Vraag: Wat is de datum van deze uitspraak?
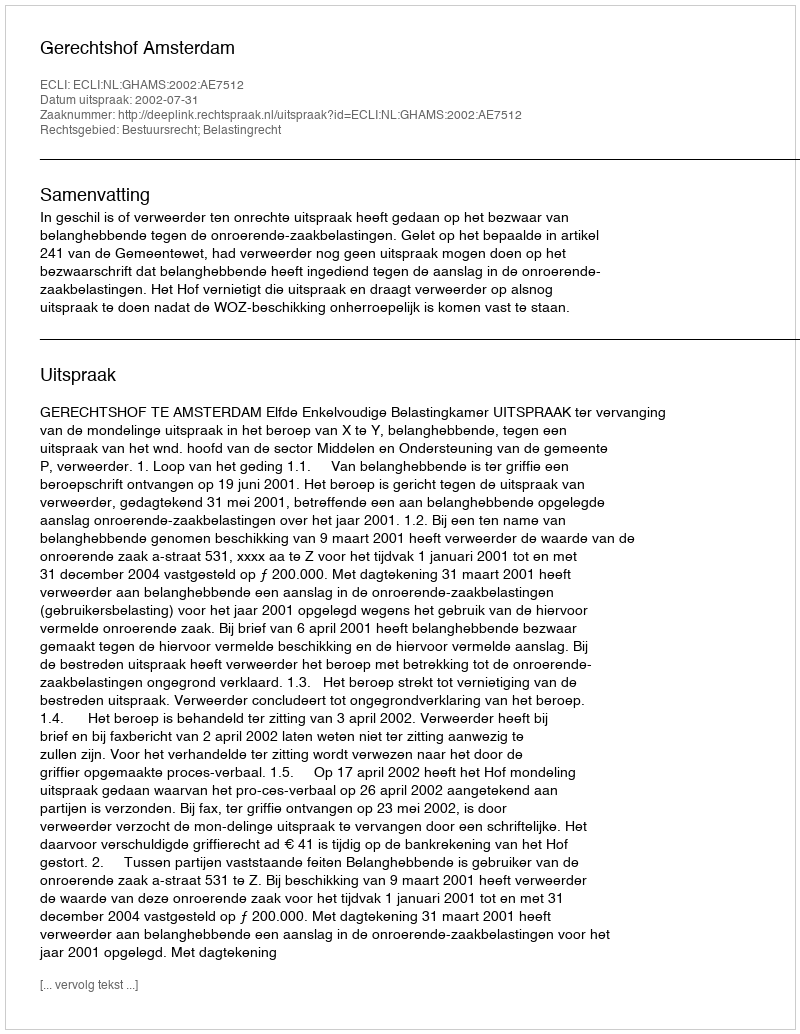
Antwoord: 2002-07-31